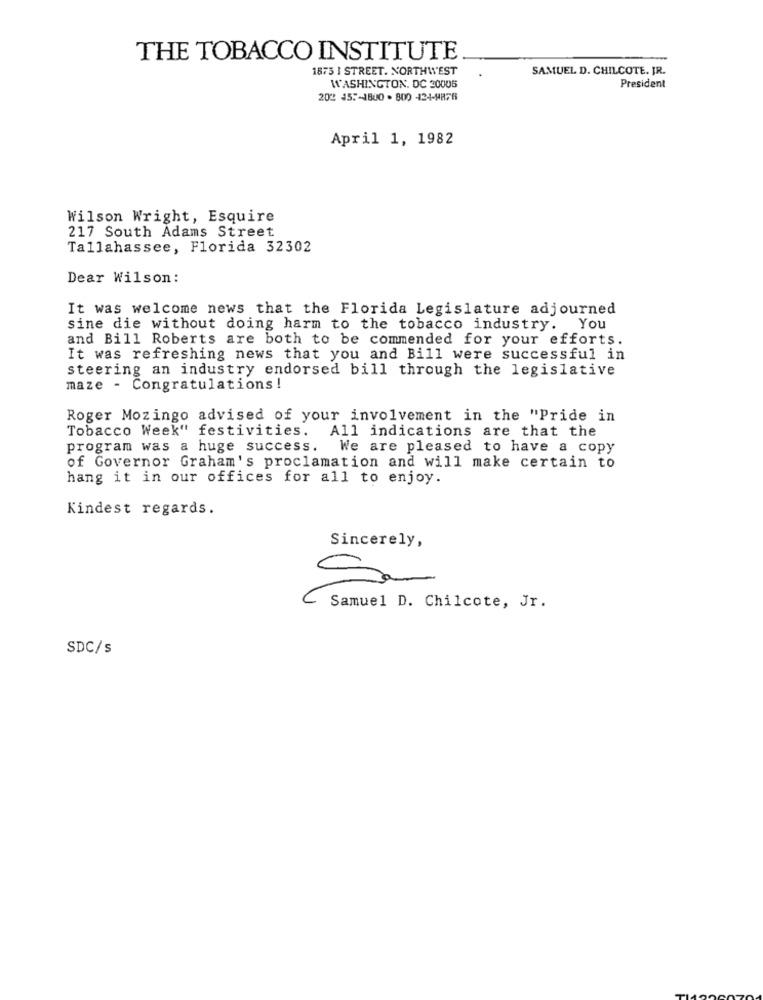
THE TOBACCO INSTITUTE
1875 I STREET. NORTHWEST
SAMUEL D. CHILCOTE. JR.
President
WASHINGTON, DC 30005
202 15 :- 41800 - 800 424-9876
April 1, 1982
Wilson Wright, Esquire
217 South Adams Street
Tallahassee, Florida 32302
Dear Wilson:
It was welcome news that the Florida Legislature adjourned
sine die without doing harm to the tobacco industry. You
and Bill Roberts are both to be commended for your efforts.
It was refreshing news that you and Bill were successful in
steering an industry endorsed bill through the legislative
maze - Congratulations !
Roger Mozingo advised of your involvement in the "Pride in
Tobacco Week" festivities.
All indications are that the
program was a huge success.
We are pleased to have a copy
of Governor Graham's proclamation and will make certain to
hang it in our offices for all to enjoy.
Kindest regards.
Sincerely,
Se
Samuel D. Chilcote, Jr.
SDC/s